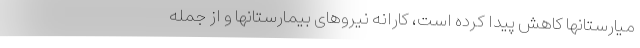
میارستانها کاهش پیدا کرده است، کارانه نیروهای بیمارستانها و از جمله